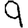
Digit: 9